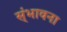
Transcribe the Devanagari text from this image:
स्ंभावना